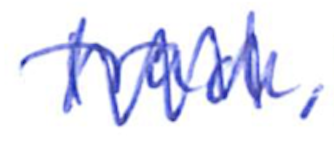
Text: Track,
Cross-out: zig-zag
Writing tool: ballpoint